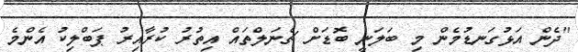
"ދެން އަޅުގަނޑުމެން މި ބަލަނީ ބޮޑަށް ޗެނަލްތައް އިތުރު ކުރާއިރު ޕަބްލިކު އެންމެ